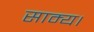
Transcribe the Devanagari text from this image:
साम्य।